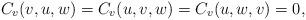
LaTeX: \begin{align*}C_{v}(v,u,w)=C_{v}(u,v,w)=C_{v}(u,w,v)=0,\end{align*}